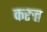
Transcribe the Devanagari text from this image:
करुत